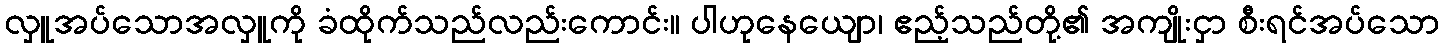
လှူအပ်သောအလှူကို ခံထိုက်သည်လည်းကောင်း။ ပါဟုနေယျော၊ ဧည့်သည်တို့၏ အကျိုးငှာ စီးရင်အပ်သော